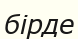
бірде